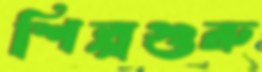
শিল্পগুরু